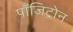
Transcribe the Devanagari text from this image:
पॉजिट्रोन